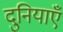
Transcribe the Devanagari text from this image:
दुनियाएँ